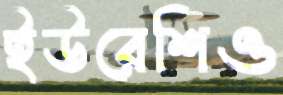
ইউরেশিও